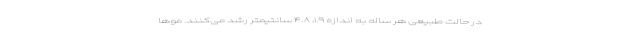
در حالت طبیعی هر ساله به اندازه ۱.۹، ۴.۸ سانتیمتر رشد می‌کنند. مو‌ها